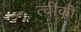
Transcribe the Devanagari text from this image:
त्वींकी